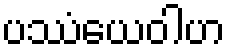
ပဿံယေဝါဟ